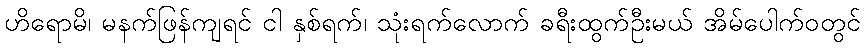
ဟိရောမိ၊ မနက်ဖြန်ကျရင် ငါ နှစ်ရက်၊ သုံးရက်လောက် ခရီးထွက်ဦးမယ် အိမ်ပေါက်ဝတွင်